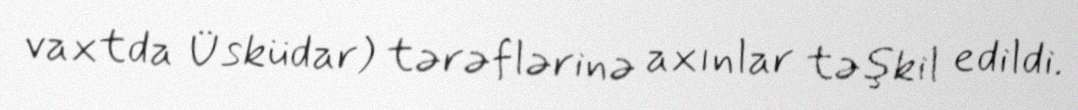
vaxtda Üsküdar) tərəflərinə axınlar təşkil edildi.